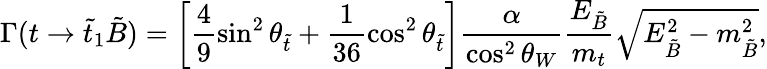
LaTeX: \Gamma(t\to\tilde{t}_{1}\tilde{B})=\left[\frac{4}{9}\sin^{2}\theta_{\tilde{t}}+\frac{1}{36}\cos^{2}\theta_{\tilde{t}}\right]\frac{\alpha}{\cos^{2}\theta_{W}}\frac{E_{\tilde{B}}}{m_{t}}\sqrt{E_{\tilde{B}}^{2}-m_{\tilde{B}}^{2}},